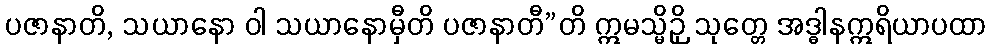
ပဇာနာတိ, သယာနော ဝါ သယာနောမှီတိ ပဇာနာတီ”တိ ဣမသ္မိဉှိ သုတ္တေ အဒ္ဓါနဣရိယာပထာ